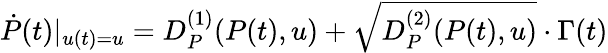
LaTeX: \begin{array}{r}{\dot{P}(t)|_{u(t)=u}=D_{P}^{(1)}(P(t),u)+\sqrt{D_{P}^{(2)}(P(t),u)}\cdot\Gamma(t)}\end{array}